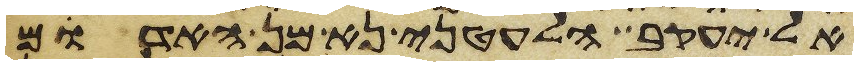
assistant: אל יעקב הלעטני נא מן האדום